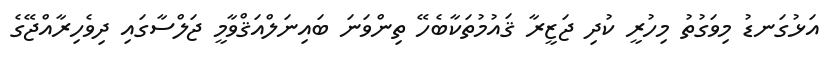
އަޅުގަނޑު މިވަގުތު މިހުރީ ކުދި ޖަޒީރާ ޤައުމުތަކާބެހޭ ތިންވަނަ ބައިނަލްއަޤްވާމީ ޖަލްސާގައި ދިވެހިރާއްޖޭގެ